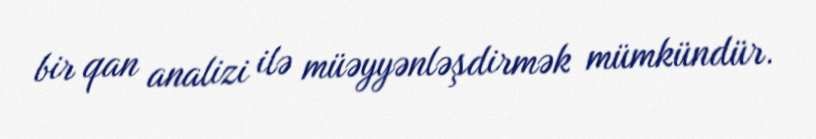
bir qan analizi ilə müəyyənləşdirmək mümkündür.